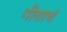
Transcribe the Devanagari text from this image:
गीताचं